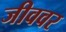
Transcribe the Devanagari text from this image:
जीववर